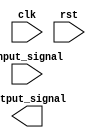
module behavioral_block (
    input wire clk,
    input wire rst,
    input wire input_signal,
    output reg output_signal
);

always @(posedge clk or negedge rst) begin
    if (clk && !rst) begin
        // Your logic here
    end
end

endmodule